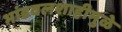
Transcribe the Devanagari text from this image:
भांडवलशाहीमुळे